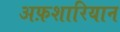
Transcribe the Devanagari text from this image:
अफ़शारियान